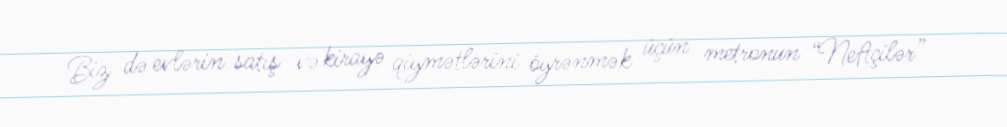
Biz də evlərin satış və kirayə qiymətlərini öyrənmək üçün metronun “Neftçilər”